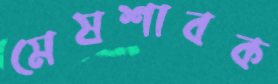
মেষশাবক